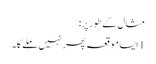
مثال کے طور پر:
1 ایسا موقعہ پھر نہیں ملے گا۔